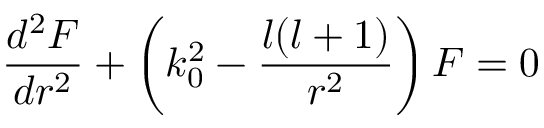
\frac { d ^ { 2 } F } { d r ^ { 2 } } + \left( k _ { 0 } ^ { 2 } - \frac { l ( l + 1 ) } { r ^ { 2 } } \right) F = 0